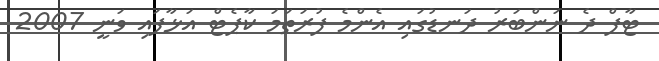
ޓާފް ދެ ނަންބަރު ދަނޑުގައި އެންމެ ފުރަތަމަ ކާޕެޓް އަޅާފައި ވަނީ 2007